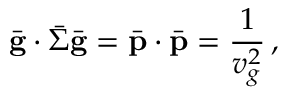
\bar { \bf g } \cdot \bar { \boldsymbol { \Sigma } } \bar { \bf g } = \bar { \bf p } \cdot \bar { \bf p } = \frac { 1 } { v _ { g } ^ { 2 } } \, ,